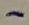
Text: -